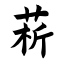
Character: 菥